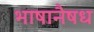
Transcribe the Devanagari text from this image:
भाषानैषध